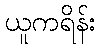
ယူကရိန်း